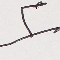
٢